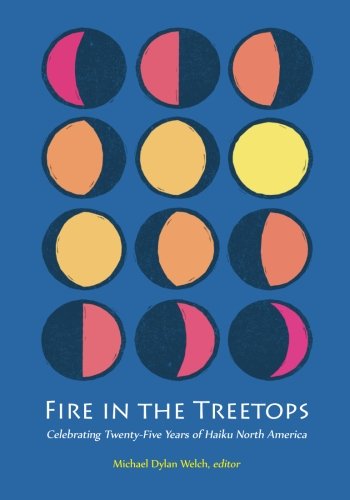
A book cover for Fire in the Treetops: Celebrating Twenty-Five Years  of Haiku North America; Michael Dylan Welch, Editor; Literature & Fiction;